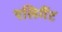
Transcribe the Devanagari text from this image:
एलिगैंट